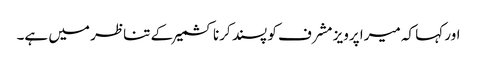
اور کہا کہ میرا پرویز مشرف کو پسند کرنا کشمیر کے تناظر میں ہے۔